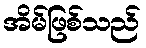
အိမ်ဖြစ်သည်